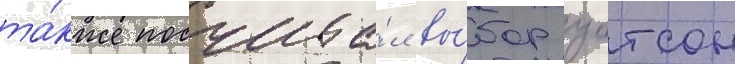
та́кже посчита́л вы́бор уотсон